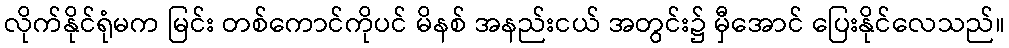
လိုက်နိုင်ရုံမက မြင်း တစ်ကောင်ကိုပင် မိနစ် အနည်းငယ် အတွင်း၌ မှီအောင် ပြေးနိုင်လေသည်။